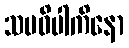
သမဝိပါကိနော